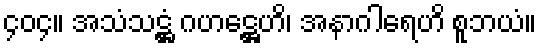
၄၀၄။ အသံသဋ္ဌံ ဂဟဋ္ဌေဟိ၊ အနာဂါရေဟိ စူဘယံ။